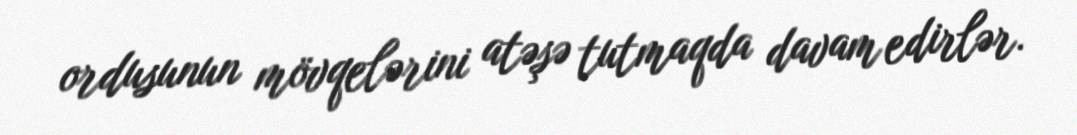
ordusunun mövqelərini atəşə tutmaqda davam edirlər.